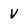
Character: v